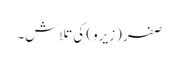
صفر (زیرو) کی تلاش۔